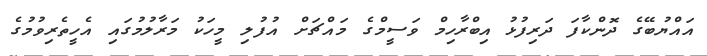
އައްޔުބޭގެ ދޮންކާފަ ދަރިފުޅު އިބްރާހިމް ވަސީމްގެ މައްޗަށް އުފުލި މީހަކު މަރާލުމުގައި އެހީތެރިވުމުގެ